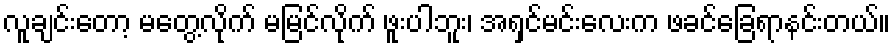
လူချင်းတော့ မတွေ့လိုက် မမြင်လိုက် ဖူးပါဘူး၊ အရှင်မင်းလေးက ဖခင်ခြေရာနင်းတယ်။